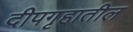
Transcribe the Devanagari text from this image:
दीपगृहातील